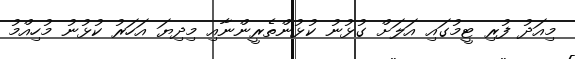
މިއަދު ފުރި ޓީމުގައި އަލަށް ގުޅުނު ކުޅުންތެރީންނާއި މިދިޔަ އަހަރު ކުޅުނު މުހިއްމު